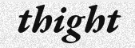
thight